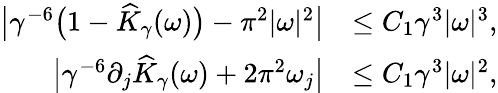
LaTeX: \begin{array}{rl}{\bigl|\gamma^{-6}\bigl(1-\widehat{K}_{\gamma}(\omega)\bigr)-\pi^{2}|\omega|^{2}\bigr|}&{\leq C_{1}\gamma^{3}|\omega|^{3},}\\ {\bigl|\gamma^{-6}\partial_{j}\widehat{K}_{\gamma}(\omega)+2\pi^{2}\omega_{j}\bigr|}&{\leq C_{1}\gamma^{3}|\omega|^{2},}\end{array}